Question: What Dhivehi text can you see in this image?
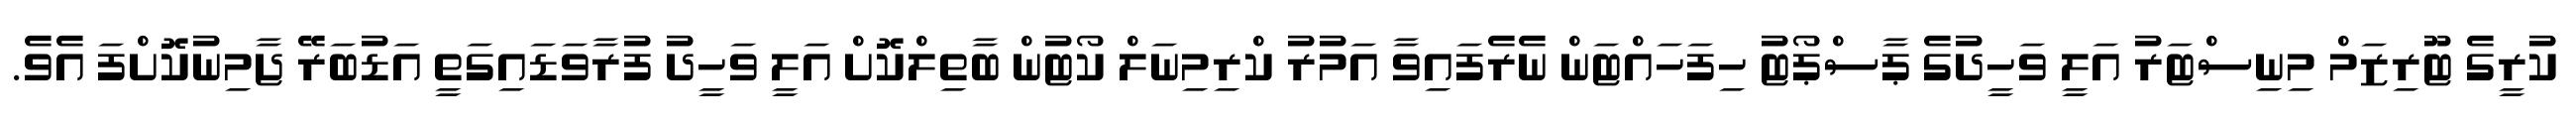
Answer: ކުރީގެ ޓޫރިޒަމް މިނިސްޓަރު އަލީ ވަހީދުގެ ޕާސްޕޯޓު ހިފަހައްޓަން ނެރެފައިވާ އަމުރު ކްރިމިނަލް ކޯޓުން ބާތިލްކޮށް އަލީ ވަހީދު ފުރާވަޑައިގަތީ އަޑުބަރޭ ޖާމިނުކޮށްފަ އެވެ.